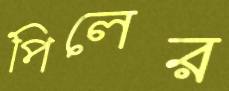
পিলের